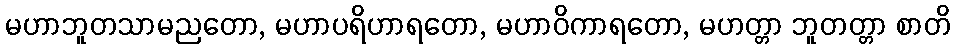
မဟာဘူတသာမညတော, မဟာပရိဟာရတော, မဟာဝိကာရတော, မဟတ္တာ ဘူတတ္တာ စာတိ